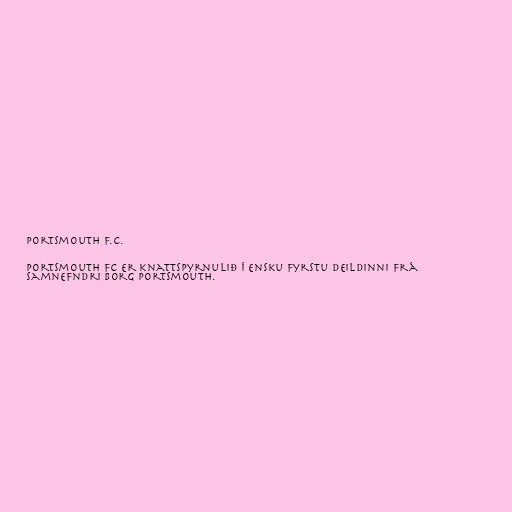
Portsmouth F.C.

Portsmouth FC er knattspyrnulið í Ensku fyrstu deildinni frá
samnefndri borg Portsmouth.